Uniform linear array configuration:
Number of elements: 64
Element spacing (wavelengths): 0.25
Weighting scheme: blackman
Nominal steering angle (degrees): -60
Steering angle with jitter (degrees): -60.701
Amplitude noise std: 0.05
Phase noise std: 0.05

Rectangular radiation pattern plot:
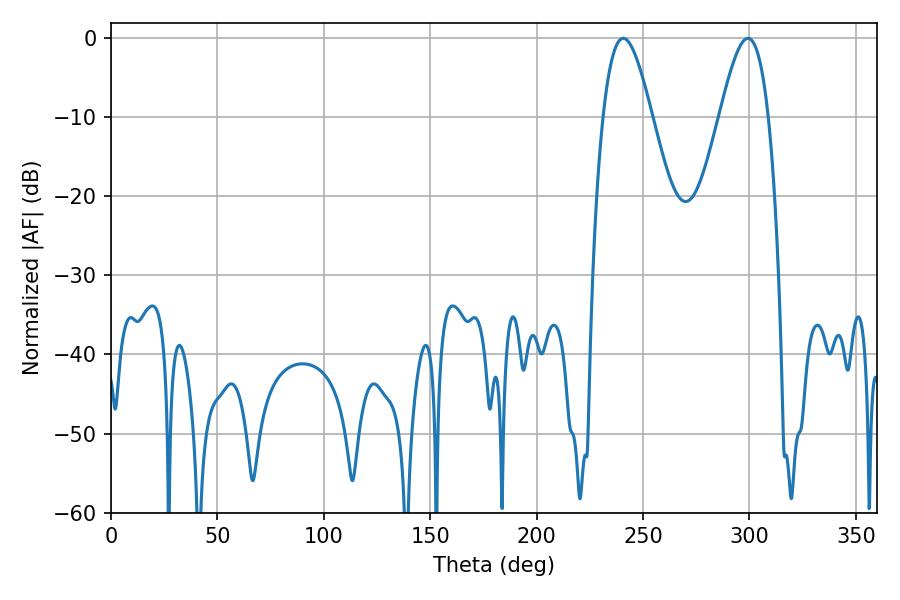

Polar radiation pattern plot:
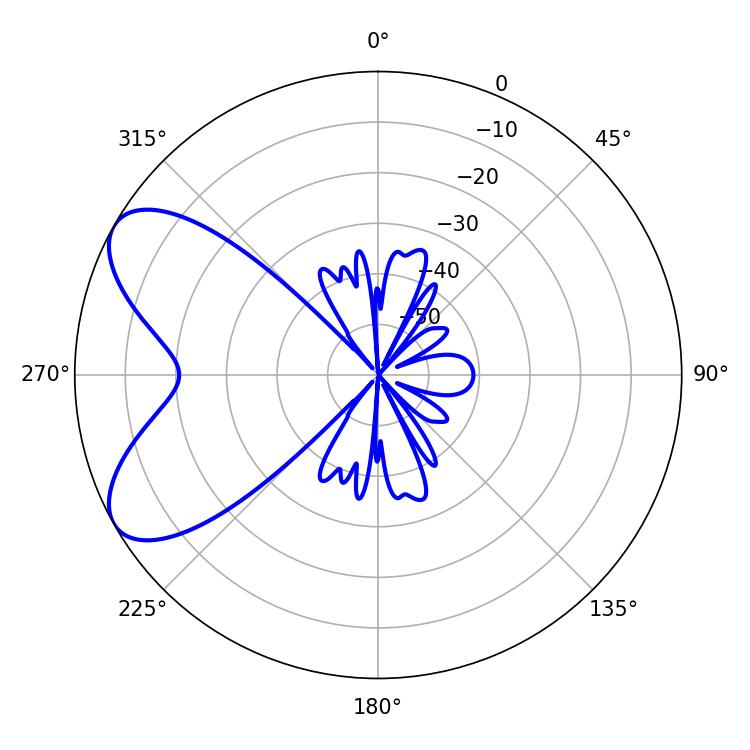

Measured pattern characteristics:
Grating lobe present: FALSE
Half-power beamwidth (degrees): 12.42
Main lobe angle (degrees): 240.66